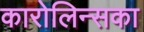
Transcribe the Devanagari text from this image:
कारोलिन्सका